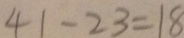
4 1 - 2 3 = 1 8